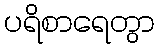
ပရိစာရေတွာ